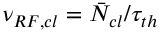
\nu _ { R F , c l } = \bar { N } _ { c l } / \tau _ { t h }